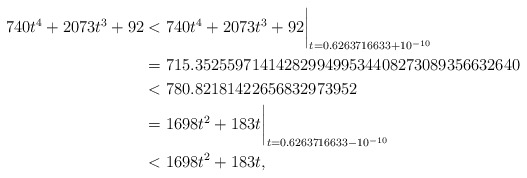
\begin{align*}740t^4+2073t^3+92 & < 740t^4+2073t^3+92\biggr\rvert_{t=0.6263716633 + 10^{-10}} \\& = 715.3525597141428299499534408273089356632640 \\& < 780.82181422656832973952 \\ & = 1698t^2+183t\biggr\rvert_{t=0.6263716633 - 10^{-10}} \\ & < 1698t^2+183t , \end{align*}